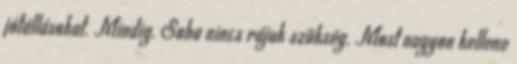
jótállásokat. Mindig. Soha nincs rájuk szükség. Most nagyon kellene